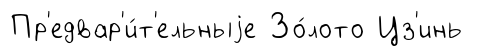
Пр'едвар'и́т'ельныjе Зо́лото Цз'инь